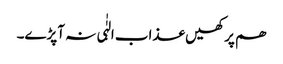
ھم پر کھیں عذاب الہٰٰی نہ آپڑے۔